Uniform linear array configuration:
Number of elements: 4
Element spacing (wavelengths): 0.25
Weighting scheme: hamming
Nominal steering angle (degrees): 60
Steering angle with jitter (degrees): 60.309
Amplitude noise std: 0.05
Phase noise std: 0.05

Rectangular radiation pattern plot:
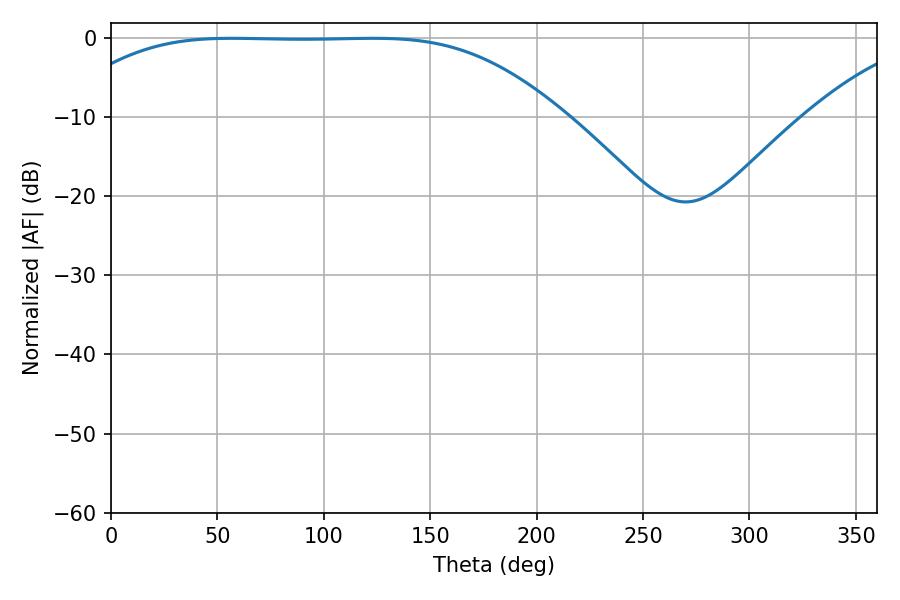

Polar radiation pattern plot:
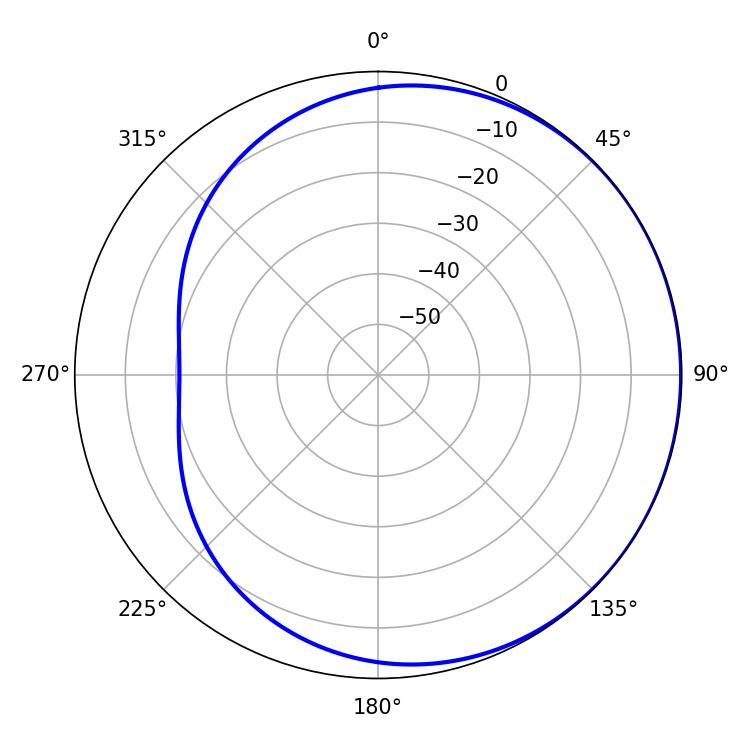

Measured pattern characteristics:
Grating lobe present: FALSE
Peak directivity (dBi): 0.5085
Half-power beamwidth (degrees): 176.76
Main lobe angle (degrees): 56.88